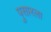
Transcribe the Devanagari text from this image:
पुसारला